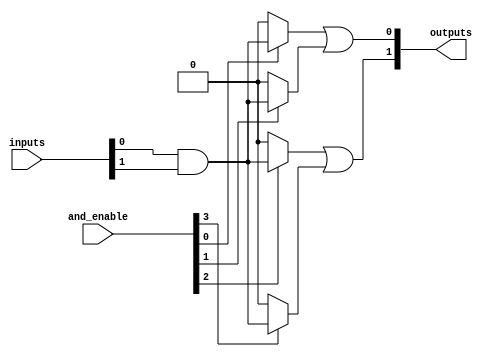
module GPAL #(
    parameter NUM_INPUTS = 3,    // Number of inputs (A, B, C, etc.)
    parameter NUM_AND_GATES = 4,  // Number of programmable AND gates
    parameter NUM_OR_GATES = 2     // Number of fixed OR gates
)(
    input  wire [NUM_INPUTS-1:0] inputs,  // Input lines
    input  wire [NUM_AND_GATES-1:0] and_enable, // Control signals for AND gates
    output wire [NUM_OR_GATES-1:0] outputs // Output lines
);

// Internal wires for AND gate outputs
wire [NUM_AND_GATES-1:0] and_outputs;

// Programmable AND array
genvar i;
generate
    for (i = 0; i < NUM_AND_GATES; i = i + 1) begin : and_array
        // Each AND gate can be programmed to connect to any combination of inputs
        // Here we use a simple example where each AND gate can connect to a specific combination of inputs
        assign and_outputs[i] = and_enable[i] ? (inputs[0] & inputs[1]) : 1'b0; // Example: AND gate connects A & B
    end
endgenerate

// Fixed OR array
assign outputs[0] = and_outputs[0] | and_outputs[1]; // OR gate combining outputs of AND gates
assign outputs[1] = and_outputs[2] | and_outputs[3]; // Another OR gate

endmodule